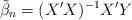
LaTeX: \begin{align*}\tilde{\beta}_n = (X'X)^{-1}X'Y\end{align*}